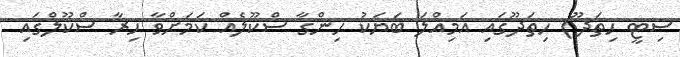
ސިޓީ ހިތަދޫ) ހިތަދޫގައި އަމިއްލަ ބަޔަކު ހިންގާ ސްކޫލެއް ކަމަށްވާ ހިރާ ސްކޫލްގައި